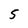
Character: 5